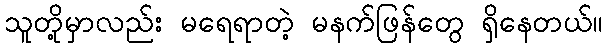
သူတို့မှာလည်း မရေရာတဲ့ မနက်ဖြန်တွေ ရှိနေတယ်။